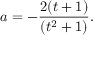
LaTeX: a = - { \frac { 2 ( t + 1 ) } { ( t ^ { 2 } + 1 ) } } .